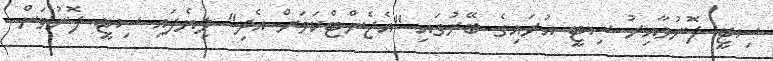
ސިޓީ ފޮނުވާއިރު ސިޓީ އުރައިގެ ބޭރުގައި "އެޖެންޓްކަމަށް އެދި" ލިޔެފައި ސިޓީ ފޮނުވަން